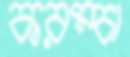
করম্‌চা